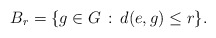
\begin{align*} B_r = \{g \in G\,:\,d(e,g) \leq r\}.\end{align*}